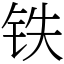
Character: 铁